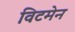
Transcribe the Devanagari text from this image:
विटमेन